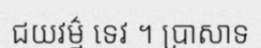
ជយវម៌្ម ទេវ ។ ប្រាសាទ